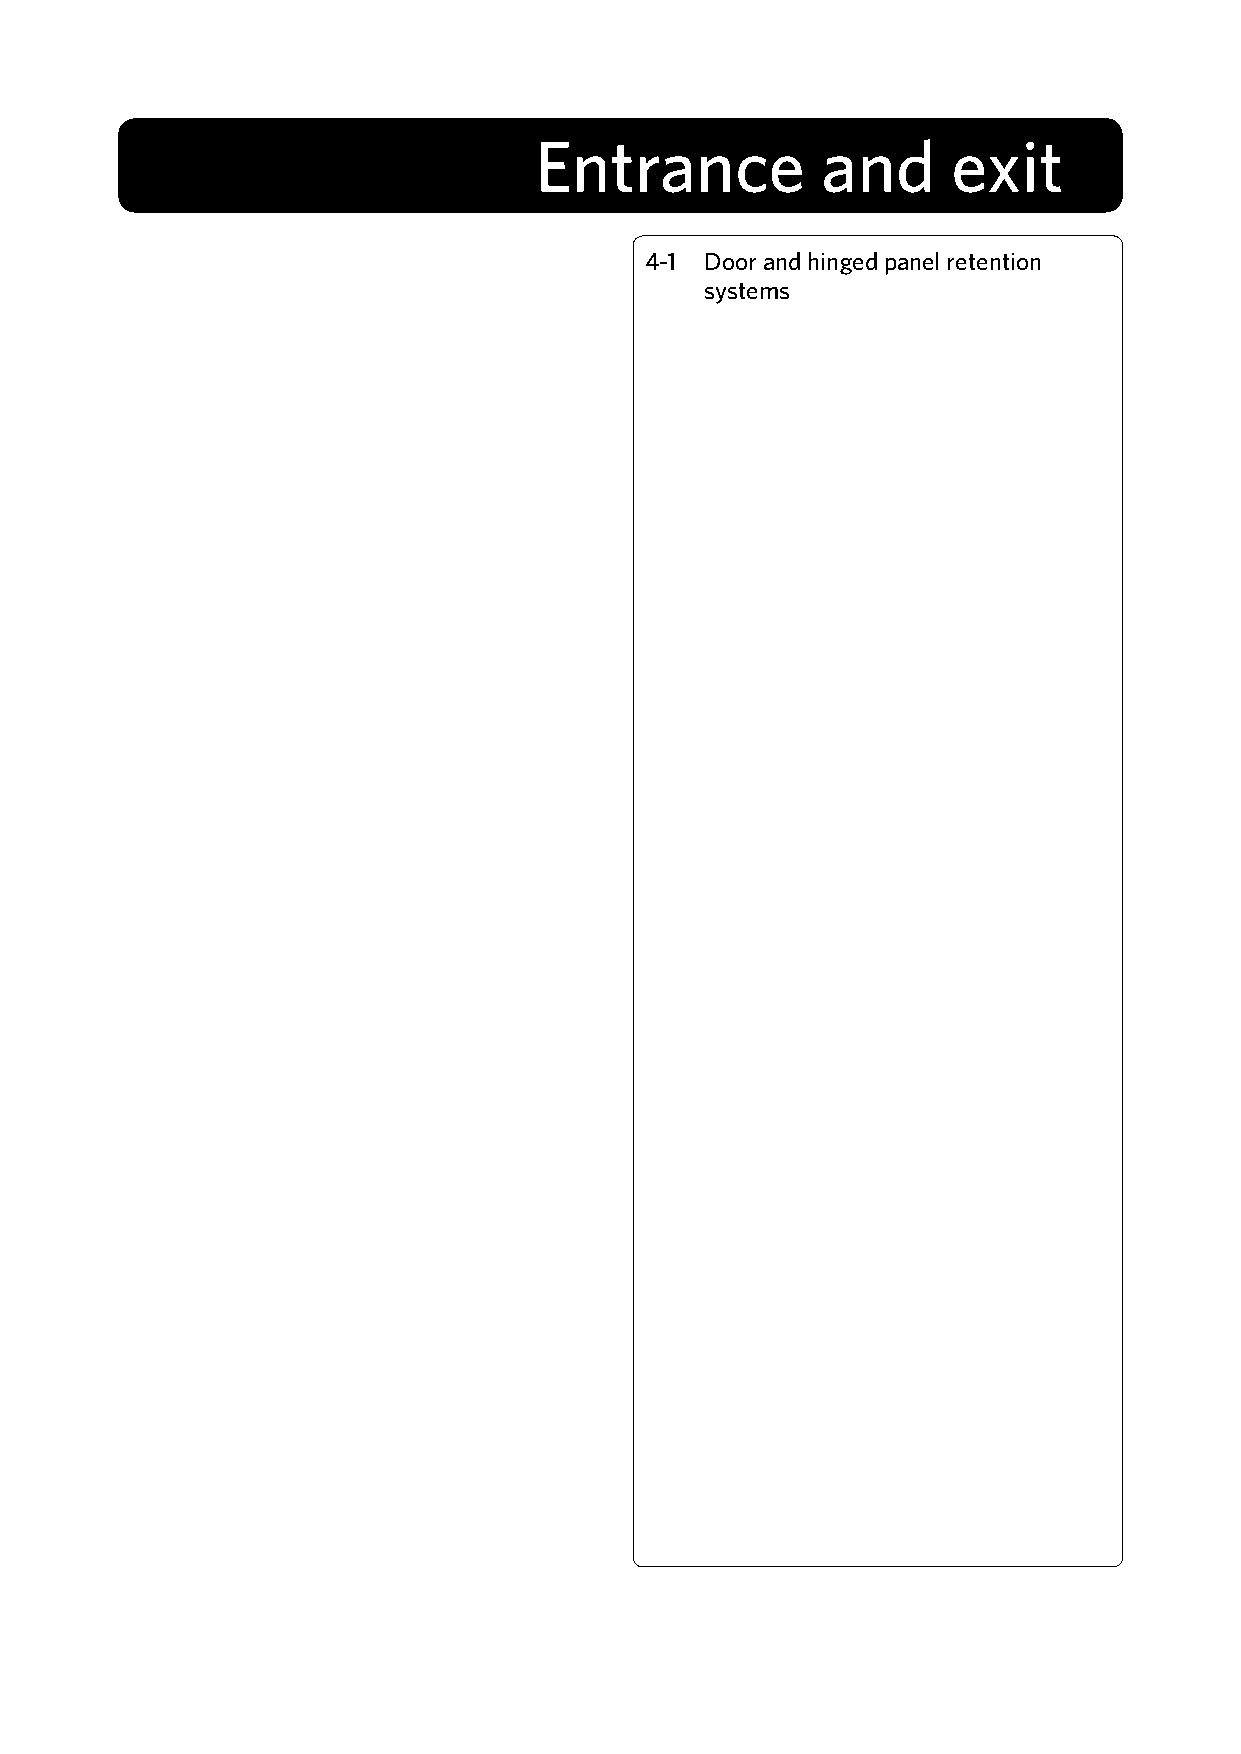
Entrance           and      exit
 4-1 Door and hinged panel retention
 systems